Indian journal of veterinary science and animal husbandry - Volume 8,
Year: 1938
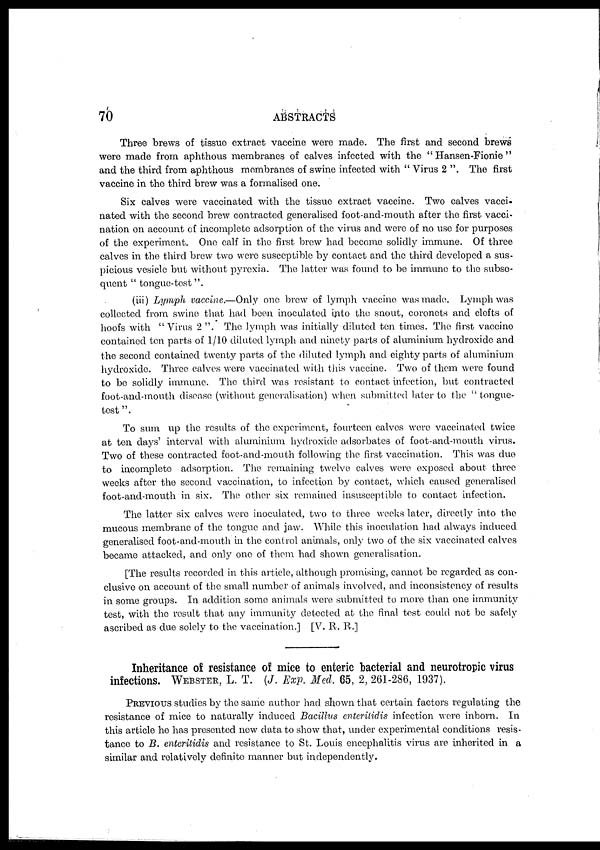
70
ABSTRACTS
Three brews of tissue extract vaccine were made. The first and second brews
were made from aphthous membranes of calves infected with the " Hansen-Fionie "
and the third from aphthous membranes of swine infected with " Virus 2 ". The first
vaccine in the third brew was a formalised one.
Six calves were vaccinated with the tissue extract vaccine. Two calves vacci-
nated with the second brew contracted generalised foot-and-mouth after the first vacci-
nation on account of incomplete adsorption of the virus and were of no use for purposes
of the experiment. One calf in the first brew had become solidly immune. Of three
calves in the third brew two were susceptible by contact and the third developed a sus-
picious vesicle but without pyrexia. The latter was found to be immune to the subse-
quent " tongue-test ".
(iii) Lymph vaccine.—Only one brew of lymph vaccine was made. Lymph was
collected from swine that had been inoculated into the snout, coronets and clefts of
hoofs with " Virus 2 ". The lymph was initially diluted ten times. The first vaccine
contained ten parts of 1/10 diluted lymph and ninety parts of aluminium hydroxide and
the second contained twenty parts of the diluted lymph and eighty parts of aluminium
hydroxide. Three calves were vaccinated with this vaccine. Two of them were found
to be solidly immune. The third was resistant to contact infection, but contracted
foot-and-mouth disease (without generalisation) when submitted later to the " tongue-
test ".
To sum up the results of the experiment, fourteen calves were vaccinated twice
at ten days' interval with aluminium hydroxide adsorbates of foot-and-mouth virus.
Two of these contracted foot-and-mouth following the first vaccination. This was due
to incomplete adsorption. The remaining twelve calves were exposed about three
weeks after the second vaccination, to infection by contact, which caused generalised
foot-and-mouth in six. The other six remained insusceptible to contact infection.
The latter six calves were inoculated, two to three weeks later, directly into the
mucous membrane of the tongue and jaw. While this inoculation had always induced
generalised foot-and-mouth in the control animals, only two of the six vaccinated calves
became attacked, and only one of them had shown generalisation.
[The results recorded in this article, although promising, cannot be regarded as con-
clusive on account of the small number of animals involved, and inconsistency of results
in some groups. In addition some animals were submitted to more than one immunity
test, with the result that any immunity detected at the final test could not be safely
ascribed as due solely to the vaccination.] [V. R. R.]
Inheritance of resistance of mice to enteric bacterial and neurotropic virus
infections. WEBSTER, L. T. (J. Exp. Med. 65, 2, 261-286, 1937).
PREVIOUS studies by the same author had shown that certain factors regulating the
resistance of mice to naturally induced Bacillus enteritidis infection were inborn. In
this article he has presented new data to show that, under experimental conditions resis-
tance to B. enteritidis and resistance to St. Louis encephalitis virus are inherited in a
similar and relatively definite manner but independently.